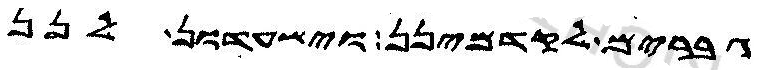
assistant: גברים לקדמינן וישעדון לנן